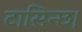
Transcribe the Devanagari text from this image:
टासिन्छ।